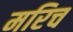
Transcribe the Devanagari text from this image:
मरिच